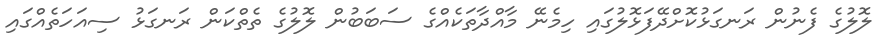
ލޮލުގެ ފެނުން ރަނގަޅުކޮށްދޭފަޅޮލުގައި ހިމެނޭ މާއްދާތަކެއްގެ ސަބަބުން ލޮލުގެ ތެތްކަން ރަނގަޅު ސިއަހަތެއްގައި